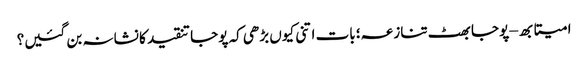
امیتابھ – پوجا بھٹ تنازعہ؛ بات اتنی کیوں بڑھی کہ پوجا تنقید کا نشانہ بن گئیں؟